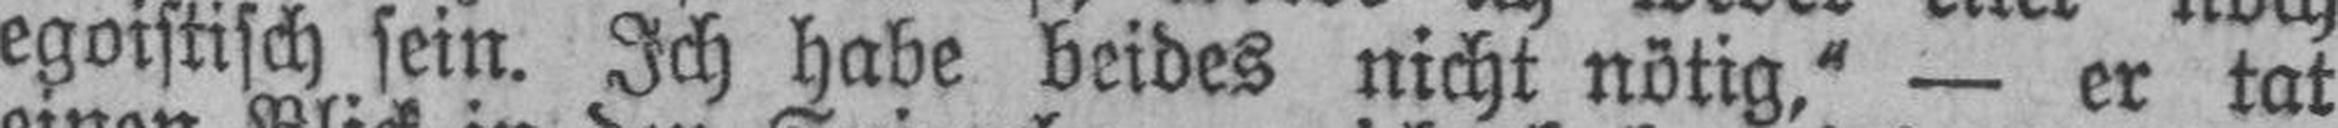
egoistisch sein. Ich habe beides nicht nötig,“ — er tat